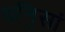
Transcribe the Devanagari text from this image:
धनि॒सां